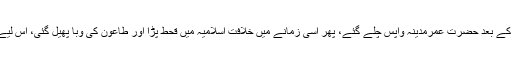
جابیہ میں ابن عاص سے ملاقات کے بعد حضرت عمرمدینہ واپس چلے گئے، پھر اسی زمانے میں خلافت اسلامیہ میں قحط پڑا اور طاعون کی وبا پھیل گئی، اس لیے ان کی تجویز پر عمل نہ ہو سکا۔